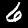
Label: 6